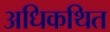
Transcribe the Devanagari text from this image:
अधिकथित